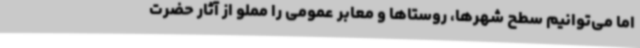
اما می‌توانیم سطح شهرها، روستاها و معابر عمومی را مملو از آثار حضرت